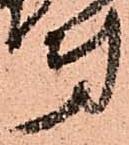
第